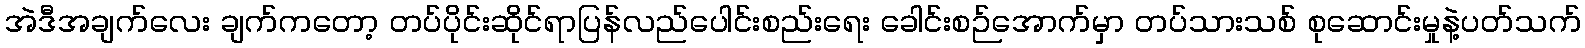
အဲဒီအချက်လေး ချက်ကတော့ တပ်ပိုင်းဆိုင်ရာပြန်လည်ပေါင်းစည်းရေး ခေါင်းစဉ်အောက်မှာ တပ်သားသစ် စုဆောင်းမှုနဲ့ပတ်သက်